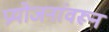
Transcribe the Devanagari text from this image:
प्रयोजनांवरून